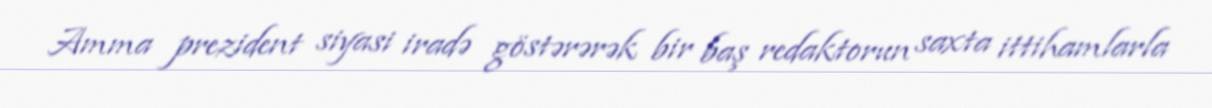
Amma prezident siyasi iradə göstərərək bir baş redaktorun saxta ittihamlarla